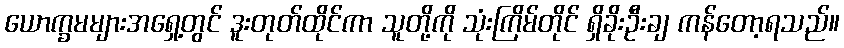
ယောက္ခမများအရှေ့တွင် ဒူးတုတ်ထိုင်ကာ သူတို့ကို သုံးကြိမ်တိုင် ရှိခိုးဦးချ ကန်တော့ရသည်။